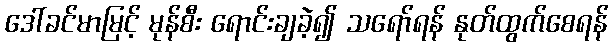
ဒေါ်ခင်မာမြင့် မုန်စီး ရောင်းချခဲ့၍ သရော်ရန် နုတ်ထွက်စေရန်